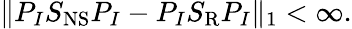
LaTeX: \| P_{I}S_{\mathrm{NS}}P_{I}-P_{I}S_{\mathrm{R}}P_{I}\| _{1}<\infty.